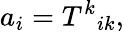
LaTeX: a_{i}=T^{k}{}_{ik},